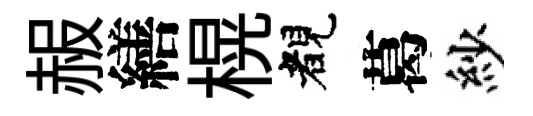
赧繕榥睹葛紗